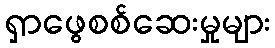
ရှာဖွေစစ်ဆေးမှုများ